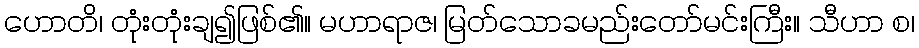
ဟောတိ၊ တုံးတုံးချ၍ဖြစ်၏။ မဟာရာဇ၊ မြတ်သောခမည်းတော်မင်းကြီး။ သီဟာ စ၊